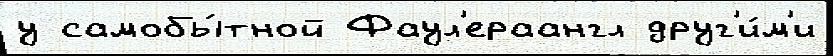
у самобы́тной Фаул'ераангл друг'и́м'и